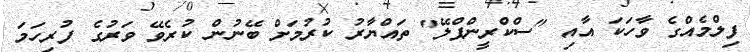
ފިލްމެއްގެ ވާހަކަ އާއި "ސްކްރީންޕްލޭ" ތައްޔާރު ކުރުމަށް ބޭނުން ކުރެވޭ ވަރުގެ ފުރިހަމަ